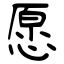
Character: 愿